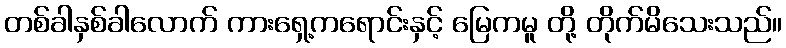
တစ်ခါနှစ်ခါလောက် ကားရှေ့ကရောင်းနှင့် မြေကမူ တို့ တိုက်မိသေးသည်။